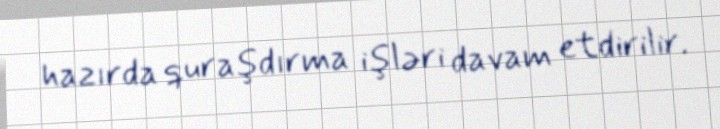
hazırda quraşdırma işləri davam etdirilir.